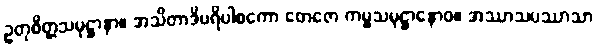
ဥတုစိတ္တသမုဋ္ဌာနာ။ အသိတာဒိပရိပါစကော တေဇော ကမ္မသမုဋ္ဌာနောဝ။ အဿာသပဿာသာ